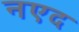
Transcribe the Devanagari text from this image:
नएद